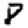
Digit: 8